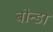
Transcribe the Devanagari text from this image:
बोन्डा